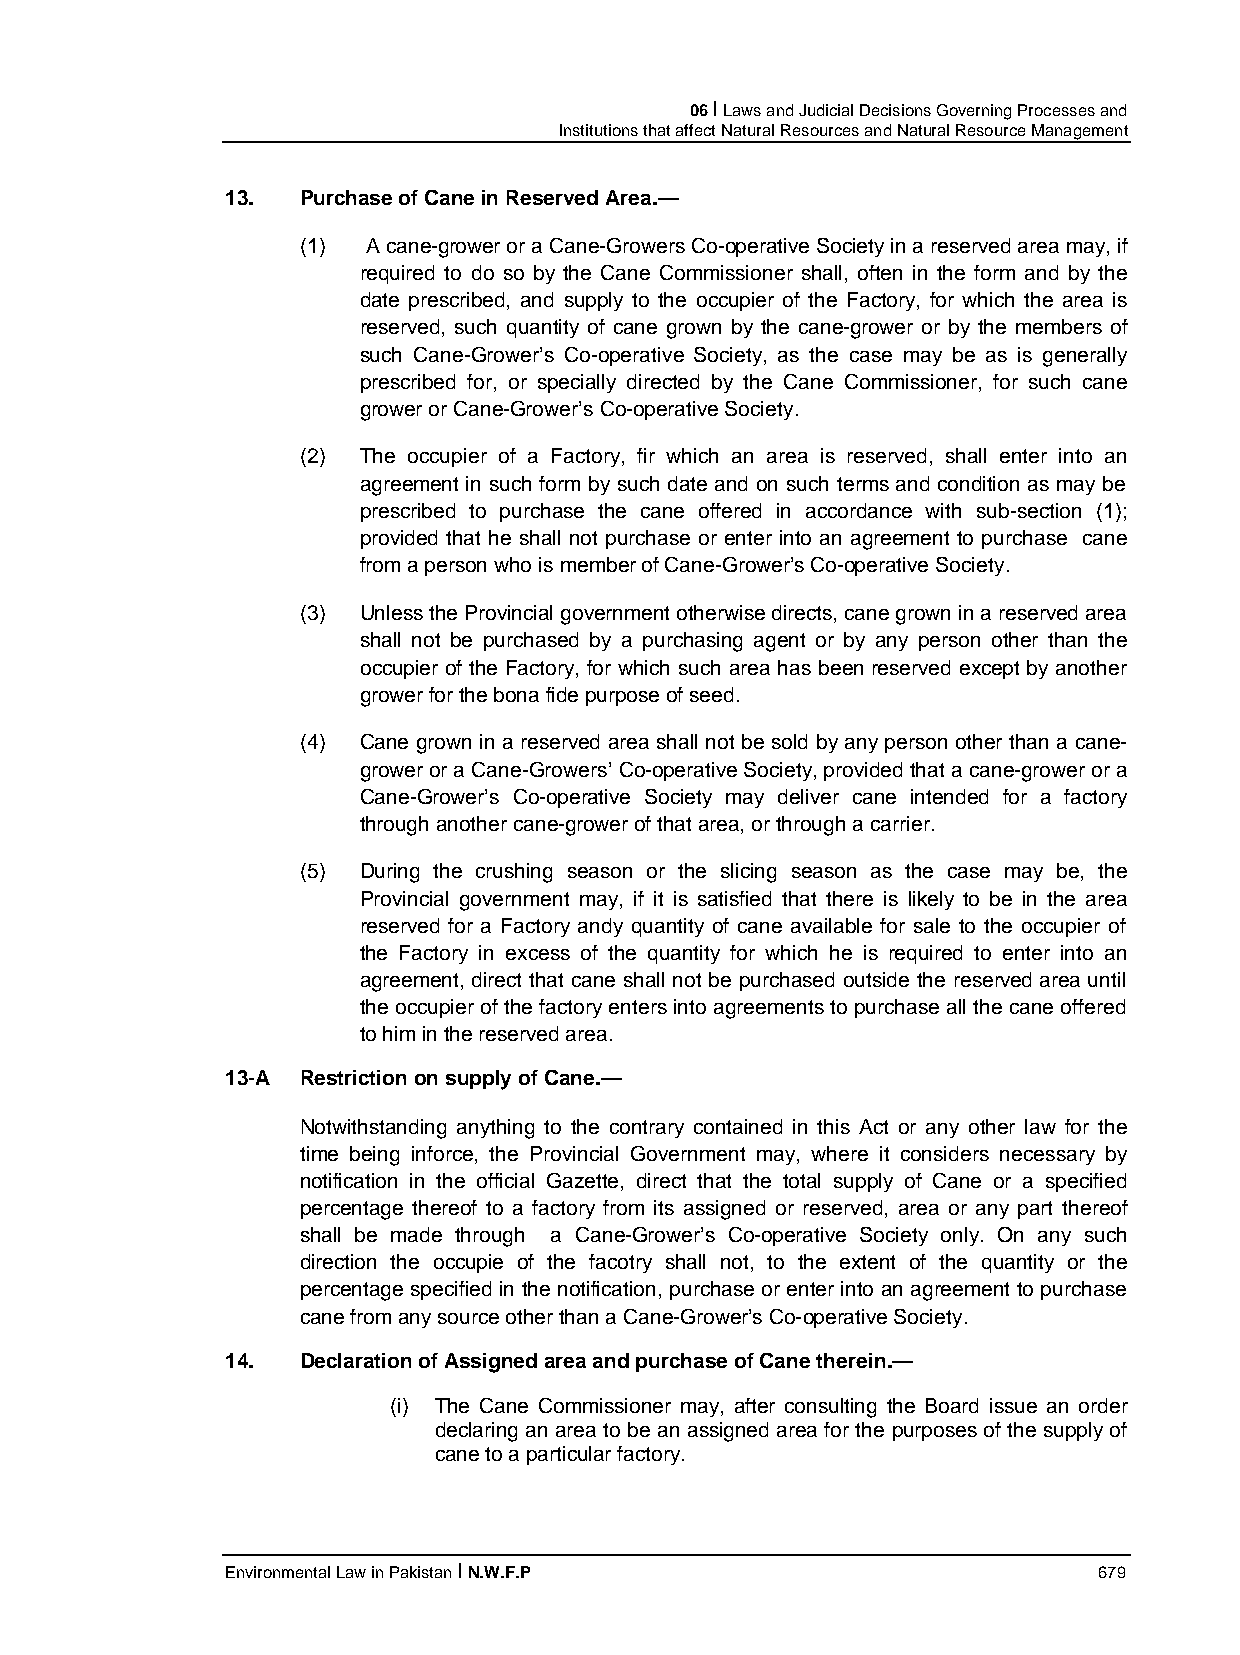
06 I Laws and Judicial Decisions Governing Processes and
 Institutions that affect Natural Resources and Natural Resource Management
 13.  Purchase of Cane in Reserved Area.—
 (1) A cane-grower or a Cane-Growers Co-operative Society in a reserved area may, if
 required to do so by the Cane Commissioner shall, often in the form and by the
 date prescribed, and supply to the occupier of the Factory, for which the area is
 reserved, such quantity of cane grown by the cane-grower or by the members of
 such Cane-Grower’s Co-operative Society, as the case may be as is generally
 prescribed for, or specially directed by the Cane Commissioner, for such cane
 grower or Cane-Grower’s Co-operative Society.
 (2) The occupier of a Factory, fir which an area is reserved, shall enter into an
 agreement in such form by such date and on such terms and condition as may be
 prescribed to purchase the cane offered in accordance with sub-section (1);
 provided that he shall not purchase or enter into an agreement to purchase cane
 from a person who is member of Cane-Grower’s Co-operative Society.
 (3) Unless the Provincial government otherwise directs, cane grown in a reserved area
 shall not be purchased by a purchasing agent or by any person other than the
 occupier of the Factory, for which such area has been reserved except by another
 grower for the bona fide purpose of seed.
 (4) Cane grown in a reserved area shall not be sold by any person other than a cane-
 grower or a Cane-Growers’ Co-operative Society, provided that a cane-grower or a
 Cane-Grower’s Co-operative Society may deliver cane intended for a factory
 through another cane-grower of that area, or through a carrier.
 (5) During the crushing season or the slicing season as the case may be, the
 Provincial government may, if it is satisfied that there is likely to be in the area
 reserved for a Factory andy quantity of cane available for sale to the occupier of
 the Factory in excess of the quantity for which he is required to enter into an
 agreement, direct that cane shall not be purchased outside the reserved area until
 the occupier of the factory enters into agreements to purchase all the cane offered
 to him in the reserved area.
 13-A Restriction on supply of Cane.—
 Notwithstanding anything to the contrary contained in this Act or any other law for the
 time being inforce, the Provincial Government may, where it considers necessary by
 notification in the official Gazette, direct that the total supply of Cane or a specified
 percentage thereof to a factory from its assigned or reserved, area or any part thereof
 shall be made through a Cane-Grower’s Co-operative Society only. On any such
 direction the occupie of the facotry shall not, to the extent of the quantity or the
 percentage specified in the notification, purchase or enter into an agreement to purchase
 cane from any source other than a Cane-Grower’s Co-operative Society.
 14.  Declaration of Assigned area and purchase of Cane therein.—
 (i) The Cane Commissioner may, after consulting the Board issue an order
 declaring an area to be an assigned area for the purposes of the supply of
 cane to a particular factory.
 Environmental Law in Pakistan I N.W.F.P                   679